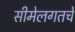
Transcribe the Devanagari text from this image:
सीमेलगतचे